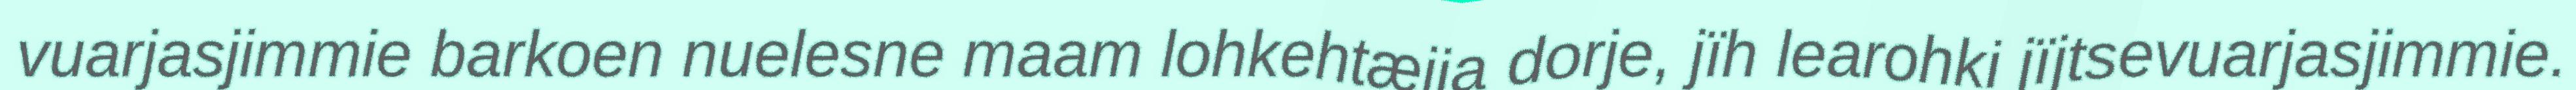
vuarjasjimmie barkoen nuelesne maam lohkehtæjja dorje, jïh learohki jïjtsevuarjasjimmie.